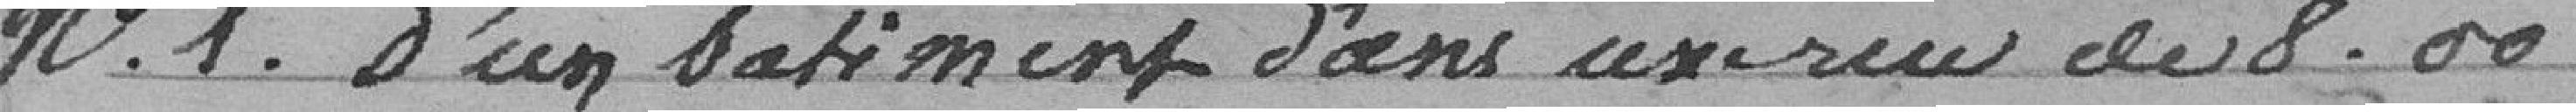
N°1. d'un bâtiment dans une rue de 8.00